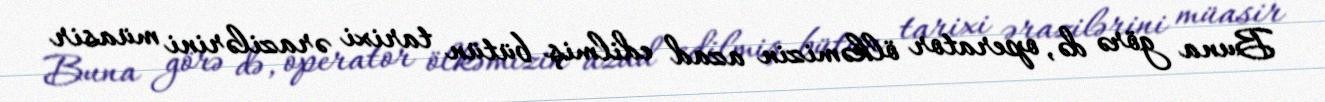
Buna görə də, operator ölkəmizin azad edilmiş bütün tarixi ərazilərini müasir